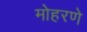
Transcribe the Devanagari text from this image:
मोहरणे